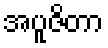
အပူဇိတာ